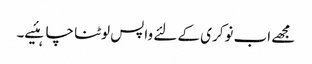
مجھے اب نوکری کے لئے واپس لوٹنا چاہئیے۔